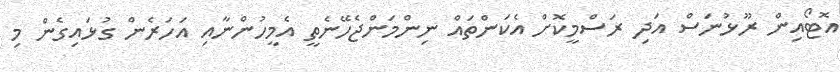
އޮޓޯއިން ރޫޅުނަސް އަދި ރަސްމީކޮށް އެކަންތައް ނިންމަންޖެހޭނެތީ އެމީހުންނާއި އަހަރެން ގުޅައިގެން މި